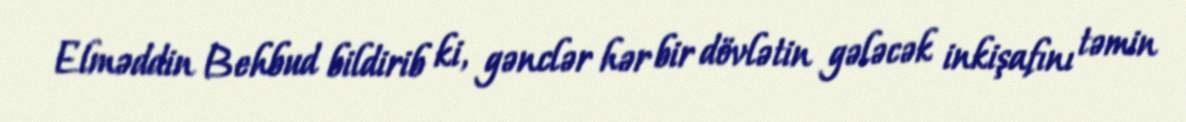
Elməddin Behbud bildirib ki, gənclər hər bir dövlətin gələcək inkişafını təmin